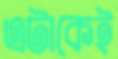
এটাকেই